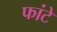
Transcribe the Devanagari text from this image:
फांटे